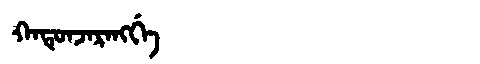
Manchu: ᡴᠠᡨᡠᠨᠵᠠᡵᠠᠩᡤᡝ
Romanization: KATUNJARANGGE